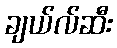
ချယ်လ်ဆီး